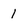
Character: 1